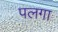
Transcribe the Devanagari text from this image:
पलगा